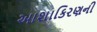
આશાકિરણની